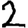
Digit: 2